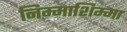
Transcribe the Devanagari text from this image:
निम्माशिम्मा